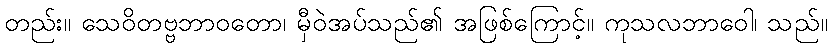
တည်း။ သေဝိတဗ္ဗဘာဝတော၊ မှီဝဲအပ်သည်၏ အဖြစ်ကြောင့်။ ကုသလဘာဝေါ၊ သည်။